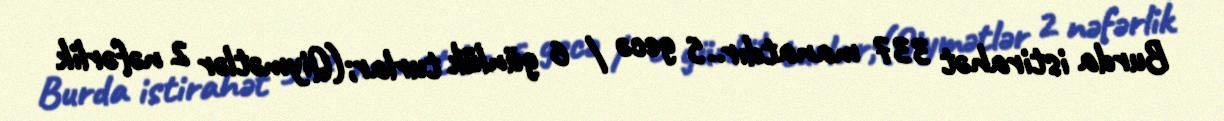
Burda istirahət 337 manatdır..5 gecə / 6 günlük turlar;(Qiymətlər 2 nəfərlik